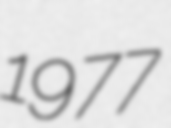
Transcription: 1977